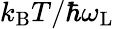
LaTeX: k_{\mathrm{B}}T/\hbar\omega_{\mathrm{L}}